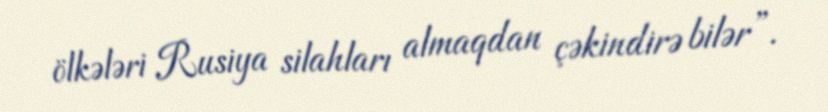
ölkələri Rusiya silahları almaqdan çəkindirə bilər”.